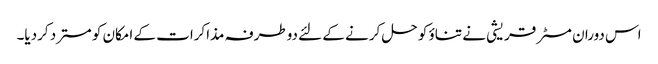
اس دوران مسٹر قریشی نے تناؤ کو حل کرنے کے لئے دوطرفہ مذاکرات کے امکان کو مسترد کردیا۔